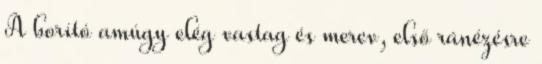
A borító amúgy elég vastag és merev, első ránézésre